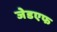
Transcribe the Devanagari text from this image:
जेडएफ